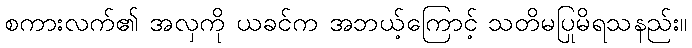
စကားလက်၏ အလှကို ယခင်က အဘယ့်ကြောင့် သတိမပြုမိရသနည်း။